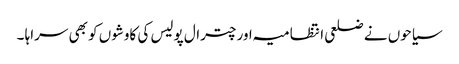
سیاحوں نے ضلعی انتظامیہ اور چترال پولیس کی کاوشوں کو بھی سراہا ۔